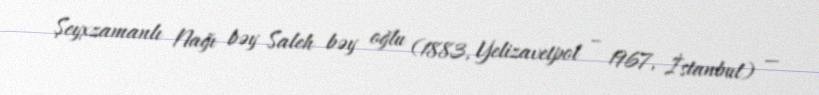
Şeyxzamanlı Nağı bəy Saleh bəy oğlu (1883, Yelizavetpol – 1967, İstanbul) —